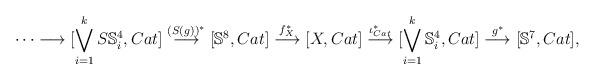
LaTeX: \begin{align*}\cdots\longrightarrow [\bigvee_{i=1}^{k}S \mathbb{S}_{i}^4, Cat]\stackrel{(S(g))^{*}}{\longrightarrow}[\mathbb{S}^{8}, Cat]\stackrel{f_{X}^{*}}{\longrightarrow}[X, Cat]\stackrel{\iota_{Cat}^{*}}{\longrightarrow}[\bigvee_{i=1}^{k} \mathbb{S}_{i}^4, Cat]\stackrel{g^{*}}{\longrightarrow}[\mathbb{S}^{7}, Cat],\end{align*}